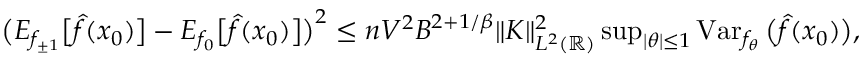
\begin{array} { r } { \big ( E _ { f _ { \pm 1 } } \big [ \widehat f ( x _ { 0 } ) \big ] - E _ { f _ { 0 } } \big [ \widehat f ( x _ { 0 } ) \big ] \big ) ^ { 2 } \leq n V ^ { 2 } B ^ { 2 + 1 / \beta } \| K \| _ { L ^ { 2 } ( { \mathbb R } ) } ^ { 2 } \operatorname* { s u p } _ { | \theta | \leq 1 } \operatorname { V a r } _ { f _ { \theta } } \big ( \widehat f ( x _ { 0 } ) \big ) , } \end{array}